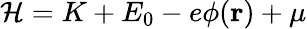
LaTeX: {\cal H}=K+E_{0}-e\phi({\mathbf r})+\mu